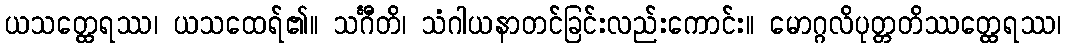
ယသတ္ထေရဿ၊ ယသထေရ်၏။ သင်္ဂီတိ၊ သံဂါယနာတင်ခြင်းလည်းကောင်း။ မောဂ္ဂလိပုတ္တတိဿတ္ထေရဿ၊